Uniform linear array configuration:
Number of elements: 16
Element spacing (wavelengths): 0.25
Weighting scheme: kaiser
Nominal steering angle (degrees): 45
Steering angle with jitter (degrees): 44.442
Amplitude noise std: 0.05
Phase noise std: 0.05

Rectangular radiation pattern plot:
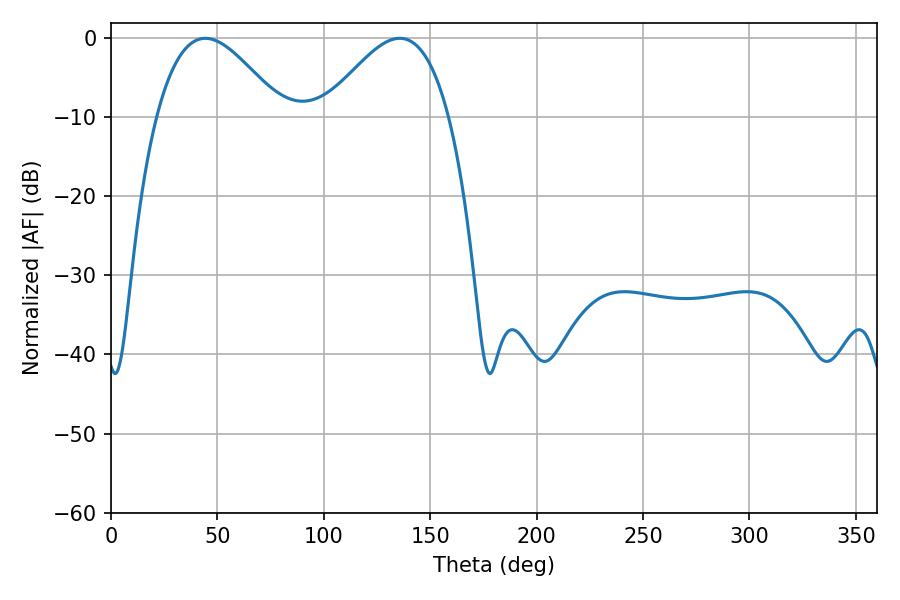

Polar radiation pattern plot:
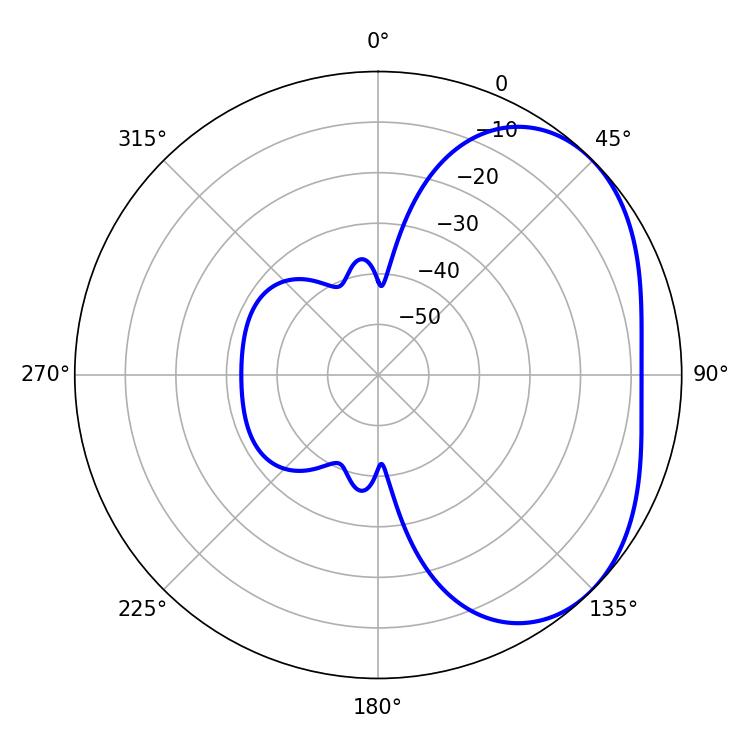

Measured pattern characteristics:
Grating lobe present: FALSE
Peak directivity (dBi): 3.378
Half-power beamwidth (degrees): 31.68
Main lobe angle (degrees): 44.28